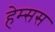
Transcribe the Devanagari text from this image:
हेम्सस